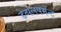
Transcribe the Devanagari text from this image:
डेव्पलपमेंन्ट